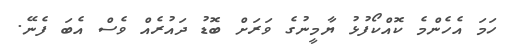
ހަމަ އެހެންމެ ކޮއްކޯފުޅު ޔާމީނުގެ ވަރަށް ބޮޑު ދައުރެއް ވެސް އެބަ ފެނޭ.